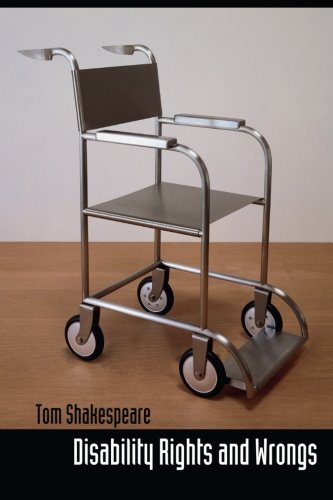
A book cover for Disability Rights and Wrongs; Tom Shakespeare; Law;